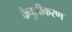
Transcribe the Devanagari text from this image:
केचुलीकरण